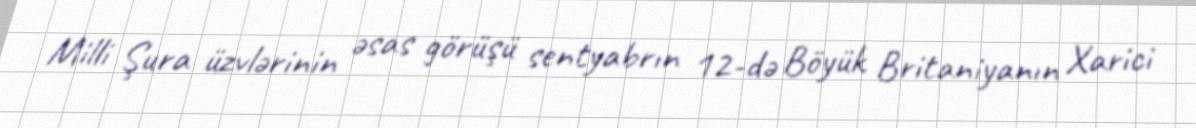
Milli Şura üzvlərinin əsas görüşü sentyabrın 12-də Böyük Britaniyanın Xarici